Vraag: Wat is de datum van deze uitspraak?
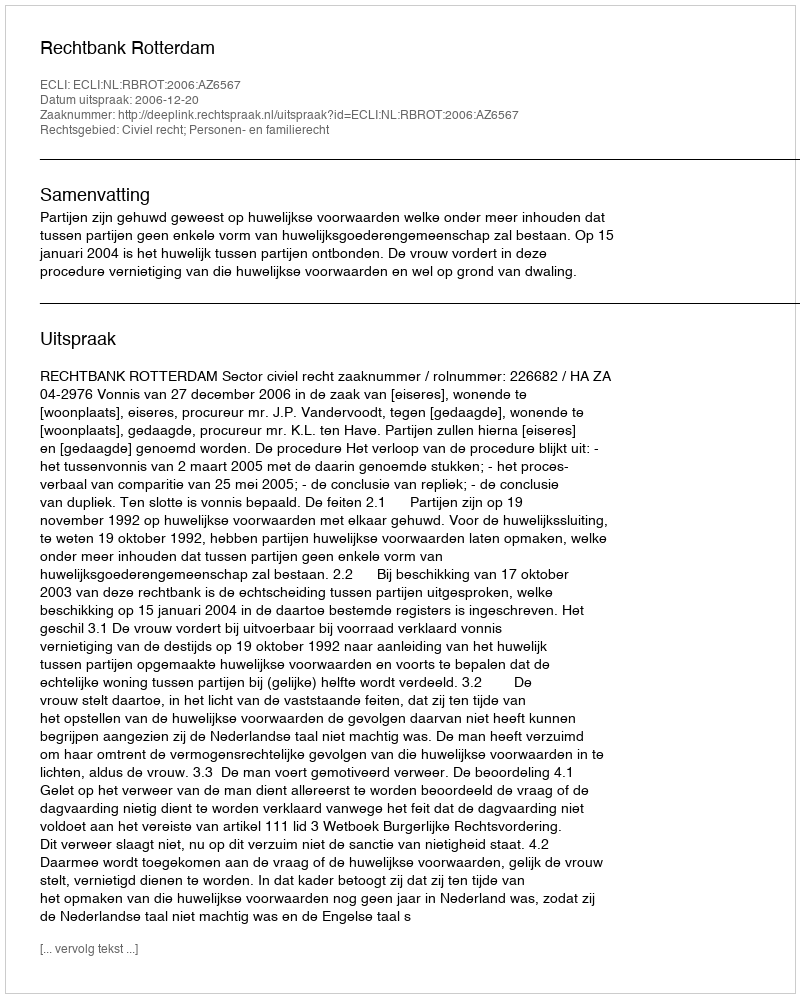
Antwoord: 2006-12-20